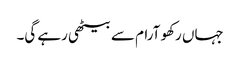
جہاں رکھو آرام سے بیٹھی رہے گی۔